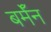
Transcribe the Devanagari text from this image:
बर्मॅन